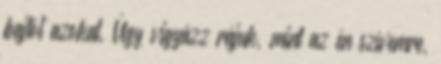
bajtól azokat, Úgy vigyázz rájuk, mint az én szívemre,